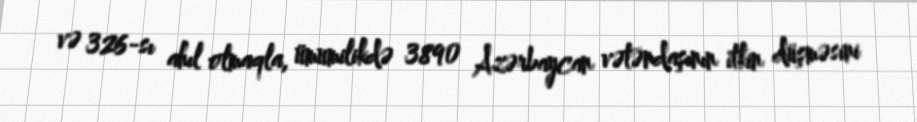
və 326-sı ahıl olmaqla, ümumilikdə 3890 Azərbaycan vətəndaşının itkin düşməsini